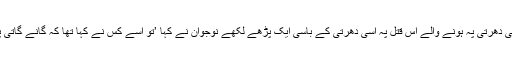
سندھ کی دھرتی پہ ہونے والے اس قتل پہ اسی دھرتی کے باسی ایک پڑھے لکھے نوجوان نے کہا ’تو اُسے کس نے کہا تھا کہ گانے گاتی پھرے‘۔